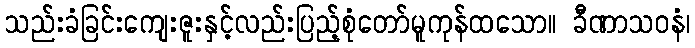
သည်းခံခြင်းကျေးဇူးနှင့်လည်းပြည့်စုံတော်မူကုန်ထသော။ ခီဏာသဝနံ၊